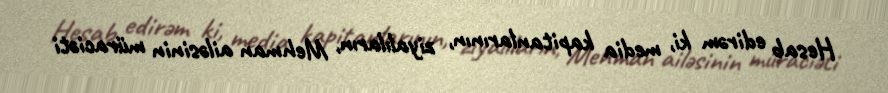
Hesab edirəm ki, media kapitanlarının, ziyalıların, Mehman ailəsinin müraciəti